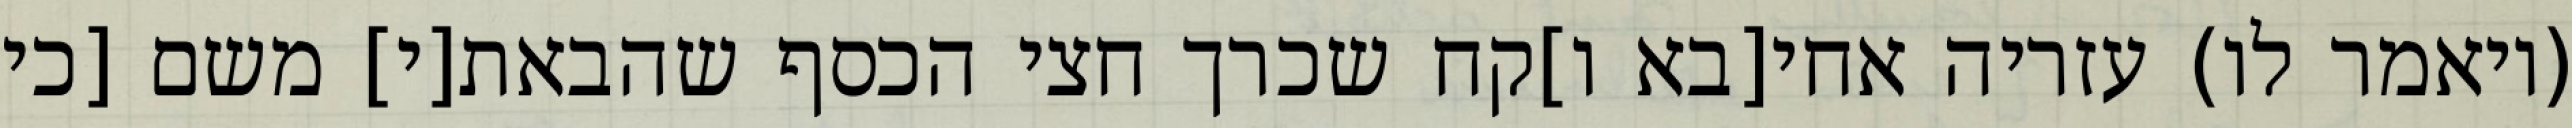
(ויאמר לו) עזריה אחי[בא ו]קח שכרך חצי הכסף שהבאת[י] משם [כי